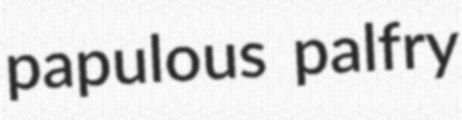
papulous palfry